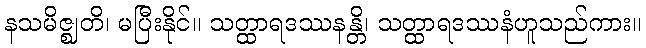
နသမိဇ္ဈတိ၊ မပြီးနိုင်။ သတ္ထာရဒဿနန္တိ၊ သတ္ထာရဒဿနံဟူသည်ကား။